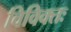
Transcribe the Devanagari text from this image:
विविक्तः